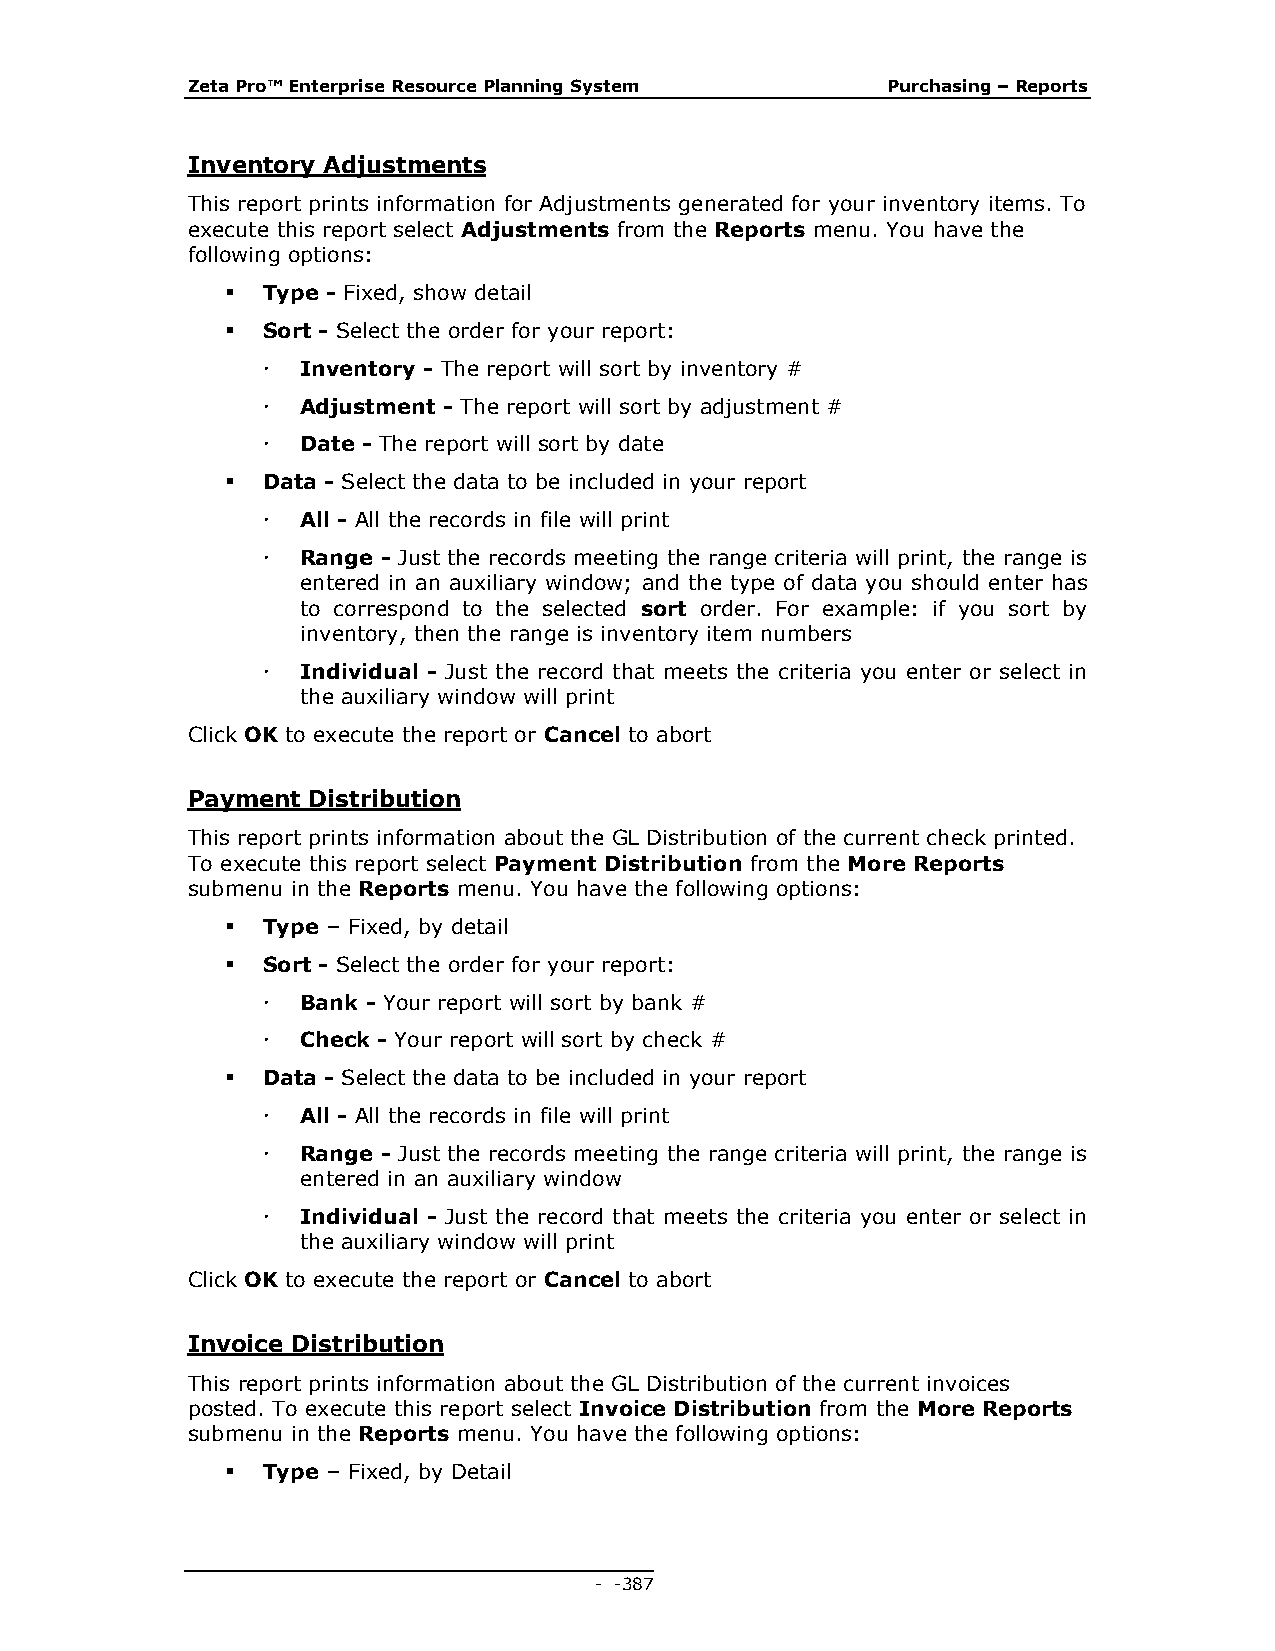
Zeta Pro™ Enterprise Resource Planning System  Purchasing – Reports
 Inventory Adjustments
 This report prints information for Adjustments generated for your inventory items. To
 execute this report select Adjustments from the Reports menu. You have the
 following options:
  Type - Fixed, show detail
  Sort - Select the order for your report:
   Inventory - The report will sort by inventory #
   Adjustment - The report will sort by adjustment #
   Date - The report will sort by date
  Data - Select the data to be included in your report
   All - All the records in file will print
   Range - Just the records meeting the range criteria will print, the range is
 entered in an auxiliary window; and the type of data you should enter has
 to correspond to the selected sort order. For example: if you sort by
 inventory, then the range is inventory item numbers
   Individual - Just the record that meets the criteria you enter or select in
 the auxiliary window will print
 Click OK to execute the report or Cancel to abort
 Payment Distribution
 This report prints information about the GL Distribution of the current check printed.
 To execute this report select Payment Distribution from the More Reports
 submenu in the Reports menu. You have the following options:
  Type – Fixed, by detail
  Sort - Select the order for your report:
   Bank - Your report will sort by bank #
   Check - Your report will sort by check #
  Data - Select the data to be included in your report
   All - All the records in file will print
   Range - Just the records meeting the range criteria will print, the range is
 entered in an auxiliary window
   Individual - Just the record that meets the criteria you enter or select in
 the auxiliary window will print
 Click OK to execute the report or Cancel to abort
 Invoice Distribution
 This report prints information about the GL Distribution of the current invoices
 posted. To execute this report select Invoice Distribution from the More Reports
 submenu in the Reports menu. You have the following options:
  Type – Fixed, by Detail
 - - 387